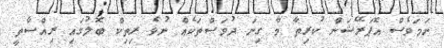
ނަމަވެސް އޮޕަރޭޝަން ކުރިތާ މާ ގިނަ ދުވަސްތަކެއް ނުވެ ރިތިކް ބޮލުގައި ރިއްސާތީ